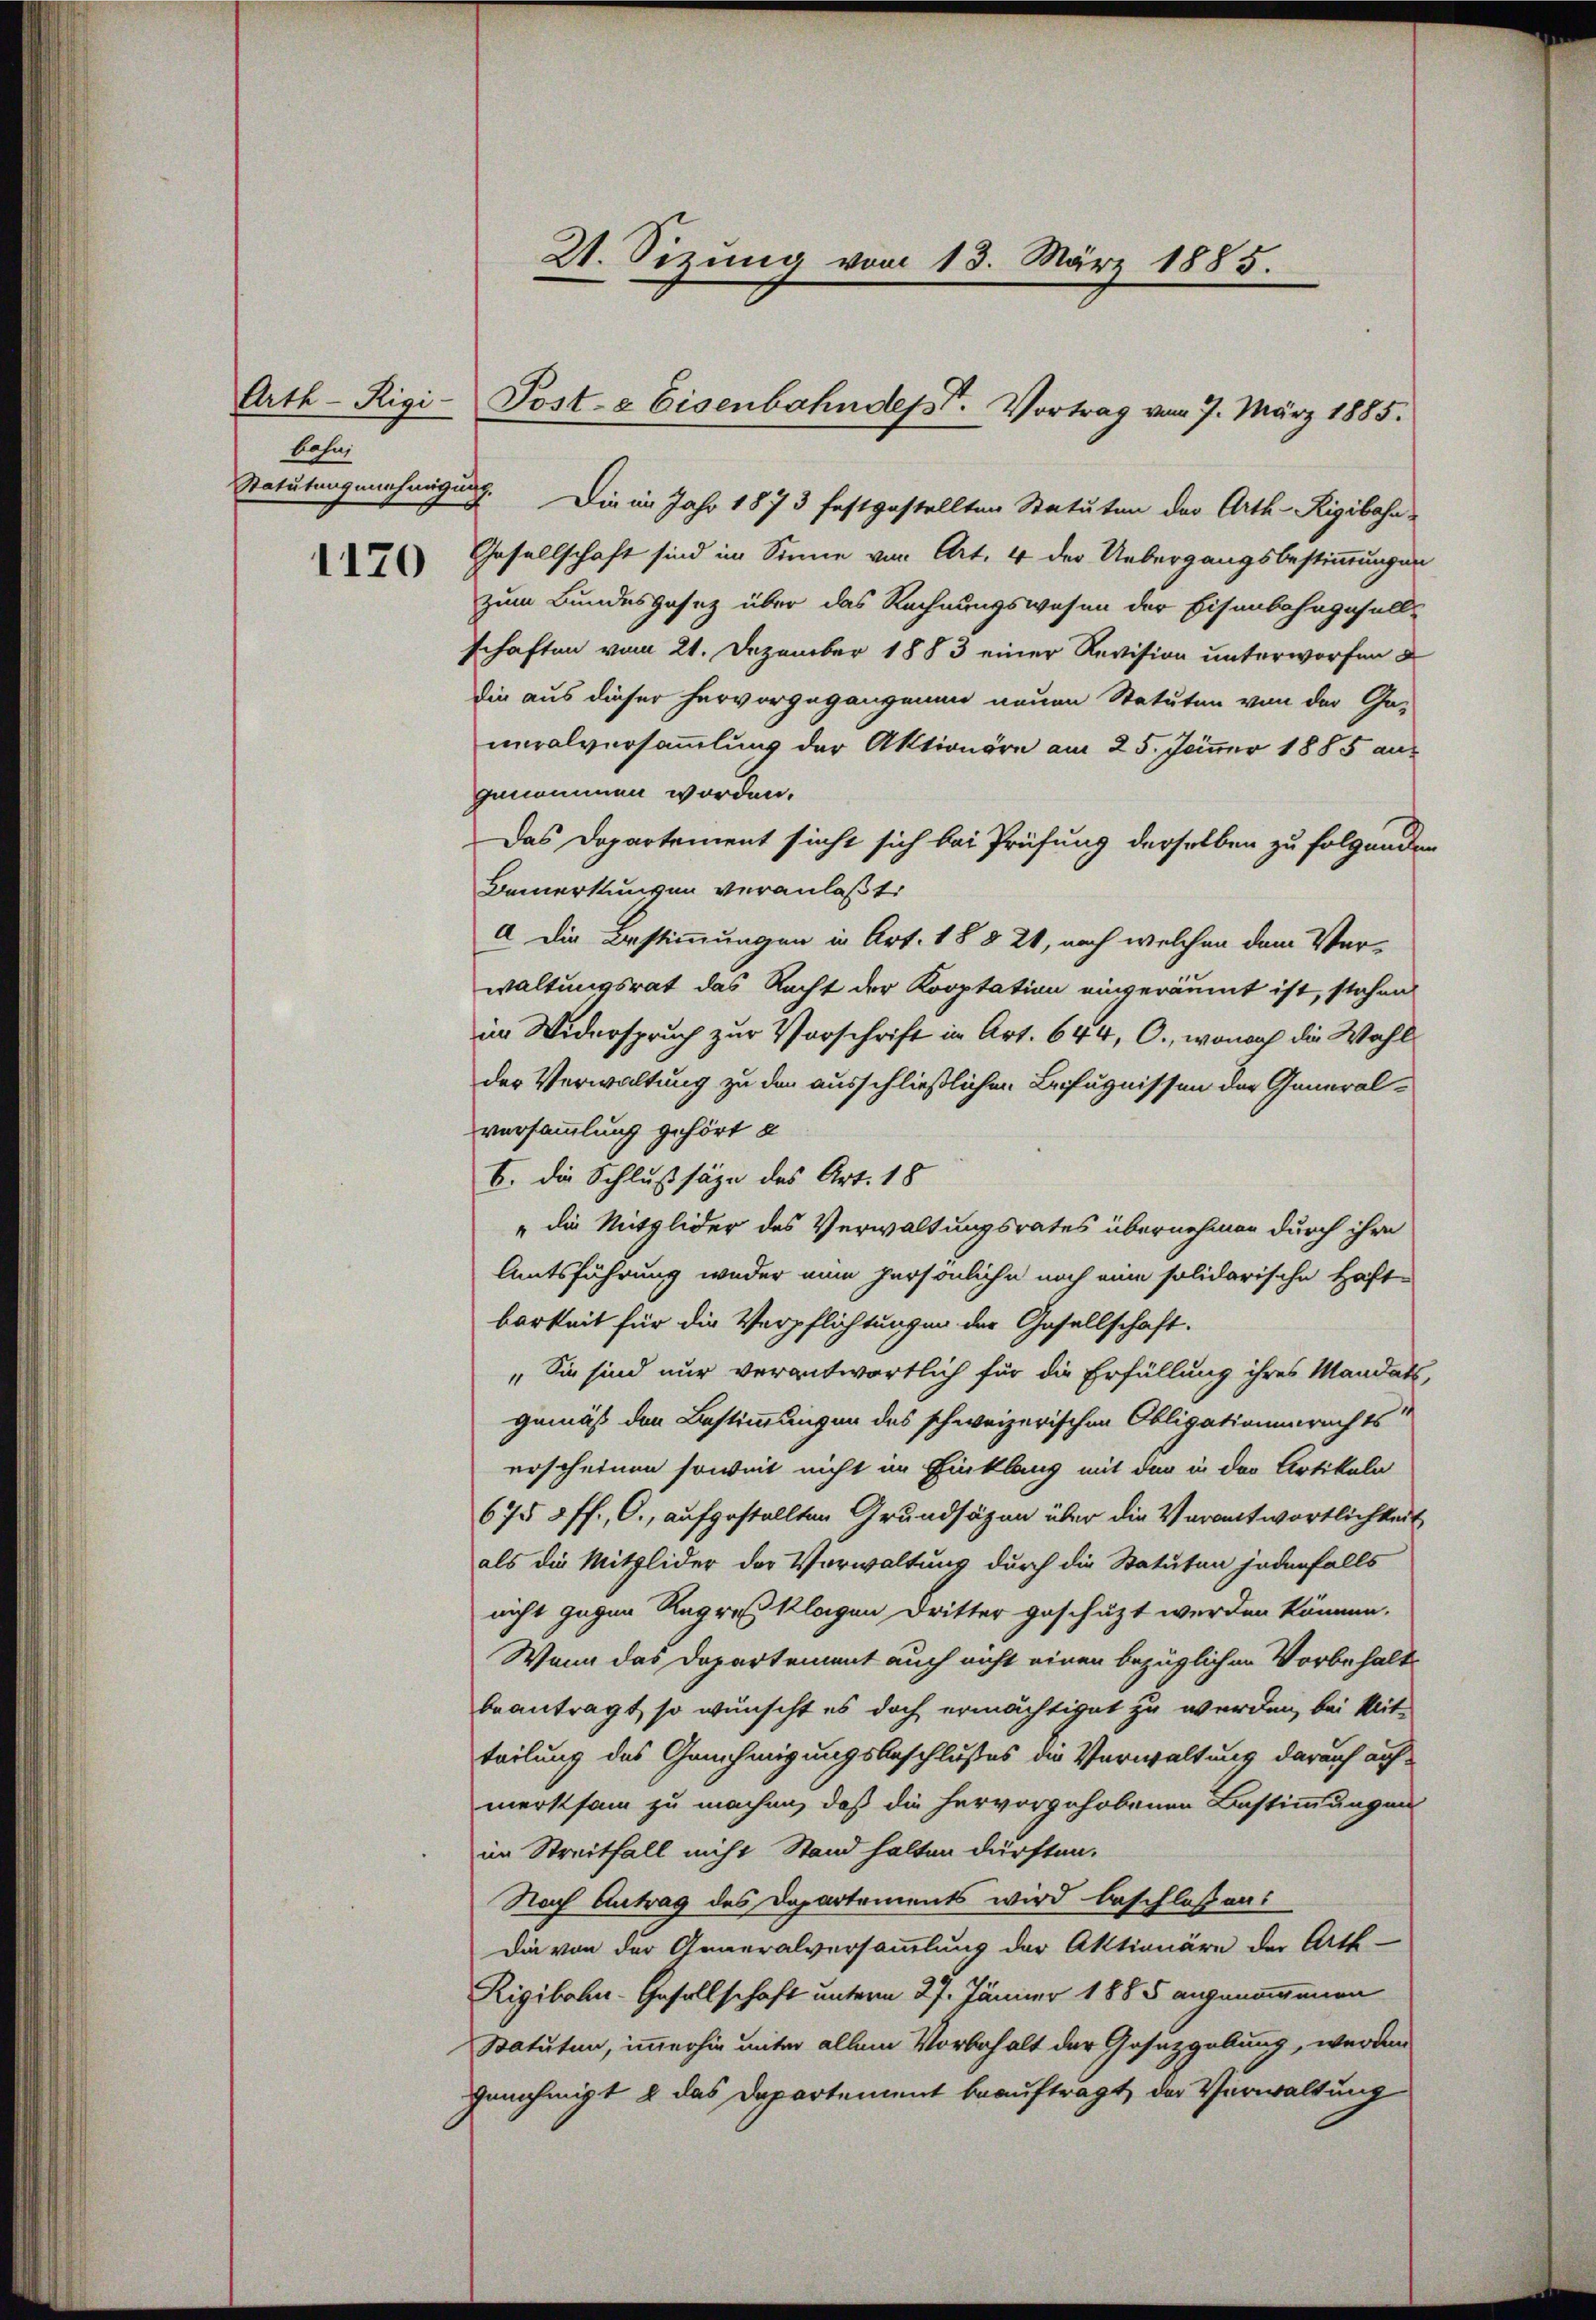
Arth - Rigi-
bahn,
Statutengenehmigung.

1170

Die im Jahr 1873 festgestellten Statuten der Arth-Rigibahn
Gesellschaft sind im Sinne von Art. 4 der Uebergangsbestimmungen
zum Bundesgesetz über das Rechnungswesen der Eisenbahngesells
schaften vom 21. Dezember 1883 einer Revision unterworfen
die aus dieser hervorgegangenen neuen Statuten von der Ga-
neralversammlung der Aktionäre am 25. Jänner 1885 aus
genommen worden.
Das Departement sicht sich bei Prüfung derselben zu folgenden
Bemerkungen veranlasti
A die Bestimmungen in Art. 18 § 21, nach welchen dem Verwaltungsrat das Recht der Kooptation eingeräumt ist, stehen
im Widerspruch zur Vorschrift in Art. 644, O., wonach die Wahl
der Verwaltung zu den ausschließlichen Befugnissen der Generalversammlung gehört e
B. die Schlußsäze des Art. 18
„die Mitglieder des Verwaltungsrates übernehmen durch ihre
Amtsführung weder nun persönliche noch eine solidarische Haft-
barkeit für die Verpflichtungen der Gesellschaft.
„Sie sind nur verantwortlich für die Erfüllung ihres Mandats,
gemäß den Bestimmungen des schweizerischen Obligationenrechts
erscheinen soweit nicht im Einklang mit der in der Artikeln
675 2 ff., C., aufgestellten Grundsätzen über die Verantwortlichkeit
als die Mitglider der Vorwaltung durch die Statuten jedenfalls
nicht gegen Regreß klagen Dritter geschüzt werden können.
Wenn das Departement auch nicht einen bezüglichen Vorbehalt
beantragt, so wünscht es doch ermächtiget zu werden, bei Mit-
teilung des Genehmigungsbeschlußes die Verwaltung darauf auf-
merksam zu machen, daß die hervorgehobenen Bestimmungen
im Streitfall nicht Stand halten dürften.
Nach Antrag des Departements wird beschlossen:
Die von der Generalversammlung der Aktionäre der Arth-
Rigibahn-Gesellschaft unterm 27. Jänner 1885 angenommenen
Statuten, immerhin unter allem Vorbehalt der Gesetzgebung, werden
genehmigt & das Departement beauftragt, der Verwaltung

21. Sizung vom 13. März 1885.

Post- & Eisenbahndept. Vortrag vom 7. März 1885.